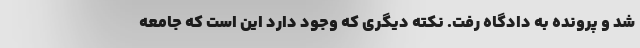
شد و پرونده به دادگاه رفت. نکته دیگری که وجود دارد این است که جامعه